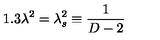
1 . 3 \lambda ^ { 2 } = \lambda _ { s } ^ { 2 } \equiv \frac { 1 } { D - 2 }